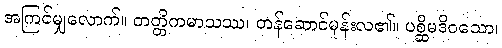
အကြင်မျှလောက်။ တတ္တိကမာသဿ၊ တန်ဆောင်မုန်းလ၏။ ပစ္ဆိမဒိဝသော၊